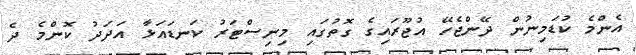
އެންމެ ކުޑަމިނުން ދޭންޖެހޭ އުޖޫރައިގެ ގޮތުގައި މިނިސްޓަރު ކަނޑައަޅާ އަދަދު ކޮންމެ ދެ